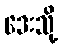
ဒေးသို့